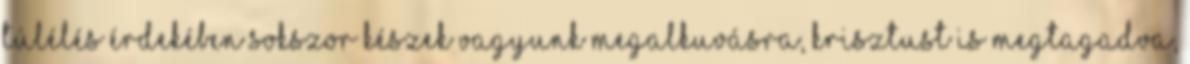
túlélés érdekében sokszor készek vagyunk megalkuvásra, Krisztust is megtagadva,